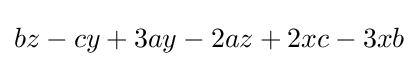
bz-cy+3ay-2az+2xc-3xb